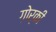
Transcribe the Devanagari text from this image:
ग़ोर्की